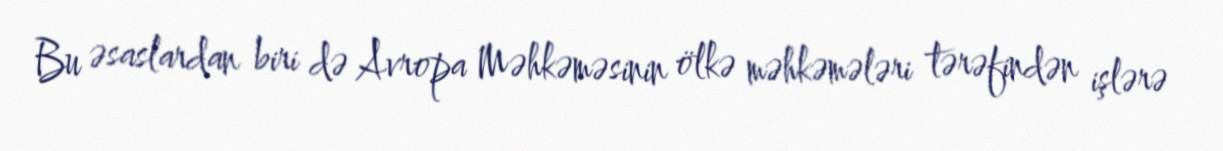
Bu əsaslardan biri də Avropa Məhkəməsinin ölkə məhkəmələri tərəfindən işlərə